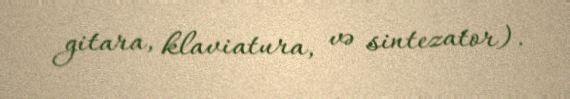
gitara, klaviatura, və sintezator).